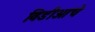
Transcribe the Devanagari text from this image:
विडीओचे